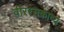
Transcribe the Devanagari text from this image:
वीररसकाव्य